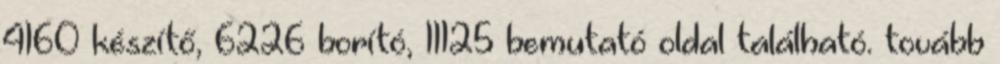
4160 készítő, 6226 borító, 11125 bemutató oldal található. tovább